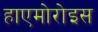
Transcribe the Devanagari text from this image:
हाएमोरोइस